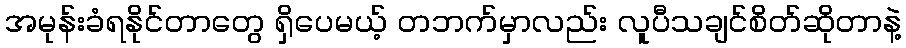
အမုန်းခံရနိုင်တာတွေ ရှိပေမယ့် တဘက်မှာလည်း လူပီသချင်စိတ်ဆိုတာနဲ့